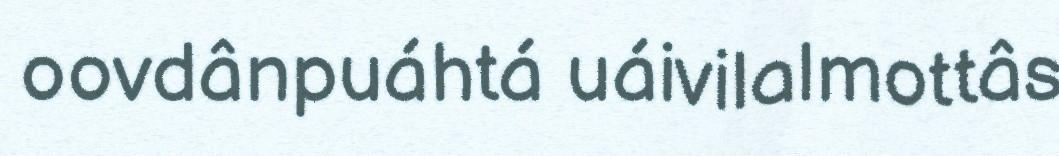
oovdânpuáhtá uáivilalmottâs